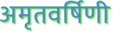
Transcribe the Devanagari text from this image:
अमृतवर्षिणी